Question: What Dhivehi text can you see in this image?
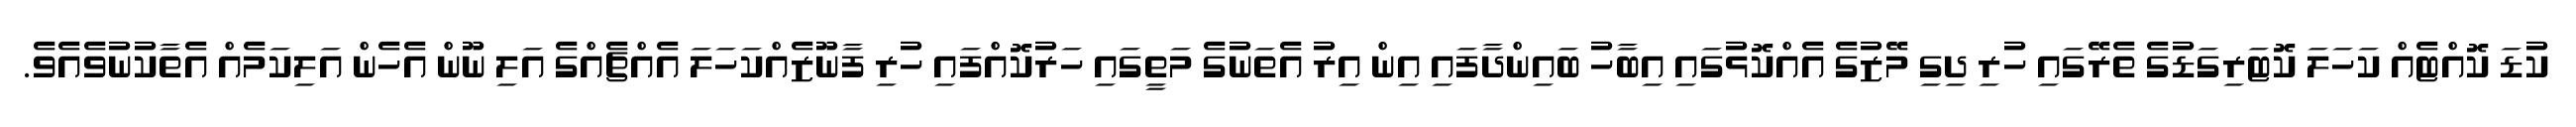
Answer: ކުޑަ ކޮއްޓެއް ކަހަލަ ކޮޓަރިގަޑުގެ ތެރޭގައި ހުރި ދިގި މޭޒުގެ އެއްކޮޅުގައި އިބާހު ބައިންދާފައި އިން އިރު އެތަނުގެ މަތީގައި ހަރުކޮއްފައި ހުރި ފާނޫޒެއްކަހަލަ އެއްޗެއްގެ އަލި ނޫން އެހެން އަލިކަމެއް އެތާކުނުވެއެވެ.